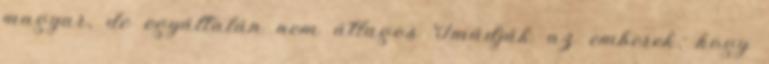
magyar, de egyáltalán nem átlagos Imádják az emberek, hogy